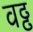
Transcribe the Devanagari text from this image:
वढ्ढ